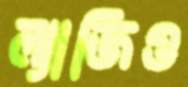
ল্যাজিও